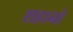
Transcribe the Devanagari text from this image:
शहानो